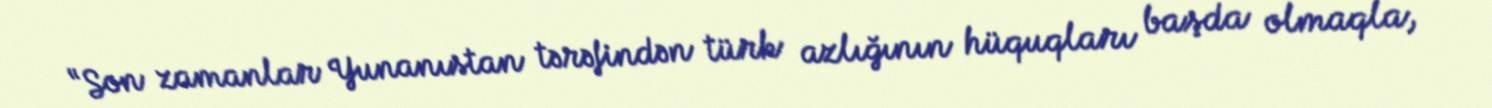
“Son zamanlar Yunanıstan tərəfindən türk azlığının hüquqları başda olmaqla,